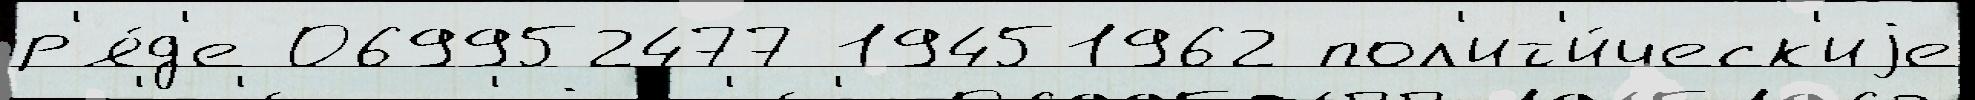
р'я́д'е 069952477 19451962 пол'ит'и́ческ'иjе